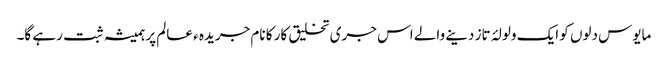
مایوس دلوں کو ایک ولولۂ تاز دینے والے اس جری تخلیق کار کا نام جریدہ ء عالم پر ہمیشہ ثبت رہے گا۔